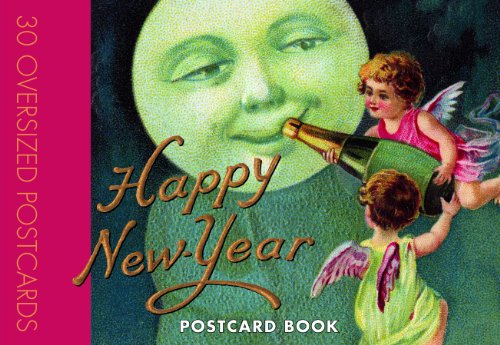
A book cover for Happy New Year Postcard Book; Crafts, Hobbies & Home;